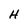
Character: H